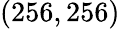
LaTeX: (256,256)